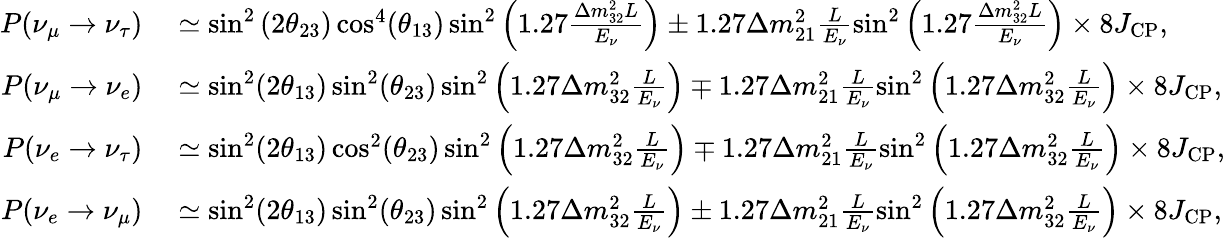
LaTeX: \begin{array}{rl}{P(\nu_{\mu}\to\nu_{\tau})}&{{}\simeq\sin^{2}\left(2\theta_{23}\right)\cos^{4}(\theta_{13})\sin^{2}\left(1.27\frac{\Delta m_{32}^{2}L}{E_{\nu}}\right)\pm 1.27\Delta m_{21}^{2}\frac{L}{E_{\nu}}\sin^{2}\left(1.27\frac{\Delta m_{32}^{2}L}{E_{\nu}}\right)\times 8J_{\mathrm{CP}},}\\ {P(\nu_{\mu}\rightarrow\nu_{e})}&{{}\simeq\sin^{2}(2\theta_{13})\sin^{2}(\theta_{23})\sin^{2}\left(1.27\Delta m_{32}^{2}\frac{L}{E_{\nu}}\right)\mp 1.27\Delta m_{21}^{2}\frac{L}{E_{\nu}}\sin^{2}\left(1.27\Delta m_{32}^{2}\frac{L}{E_{\nu}}\right)\times 8J_{\textrm{CP}},}\\ {P(\nu_{e}\rightarrow\nu_{\tau})}&{{}\simeq\sin^{2}(2\theta_{13})\cos^{2}(\theta_{23})\sin^{2}\left(1.27\Delta m_{32}^{2}\frac{L}{E_{\nu}}\right)\mp 1.27\Delta m_{21}^{2}\frac{L}{E_{\nu}}\sin^{2}\left(1.27\Delta m_{32}^{2}\frac{L}{E_{\nu}}\right)\times 8J_{\textrm{CP}},}\\ {P(\nu_{e}\rightarrow\nu_{\mu})}&{{}\simeq\sin^{2}(2\theta_{13})\sin^{2}(\theta_{23})\sin^{2}\left(1.27\Delta m_{32}^{2}\frac{L}{E_{\nu}}\right)\pm 1.27\Delta m_{21}^{2}\frac{L}{E_{\nu}}\sin^{2}\left(1.27\Delta m_{32}^{2}\frac{L}{E_{\nu}}\right)\times 8J_{\textrm{CP}},}\end{array}